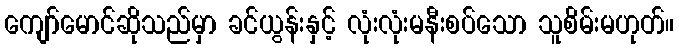
ကျော်မောင်ဆိုသည်မှာ ခင်ယွန်းနှင့် လုံးလုံးမနီးစပ်သော သူစိမ်းမဟုတ်။